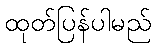
ထုတ်ပြန်ပါမည်